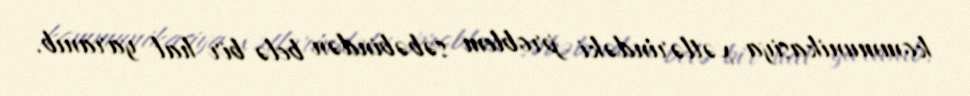
kommunikasiya xətlərindəki problem səbəbindən belə bir hal yaranıb.